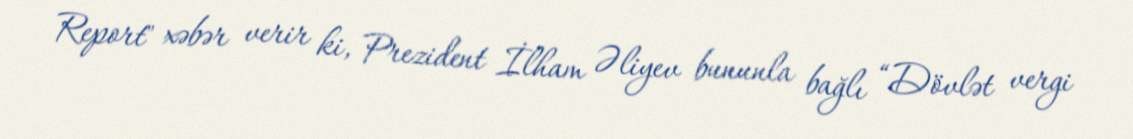
Report" xəbər verir ki, Prezident İlham Əliyev bununla bağlı “Dövlət vergi